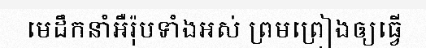
មេដឹកនាំអឺរ៉ុបទាំងអស់ ព្រមព្រៀងឲ្យធ្វើ